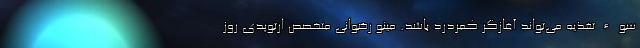
سوءتغذیه می‌تواند آغازگر کمردرد باشد. مینو رضوانی متخصص ارتوپدی روز